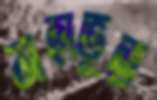
মহাভূত